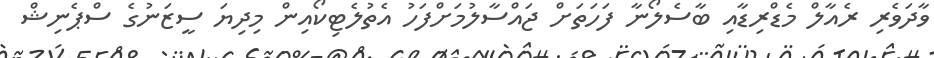
ވާދަވެރި ރެއާލް މެޑްރިޑާއި ބާސެލޯނާ ފަހަތަށް ޖައްސާލުމަށްފަހު އެތުލެޓިކޯއިން މިދިޔަ ސީޒަނުގެ ސްޕެނިޝް